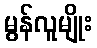
မွန်လူမျိုး